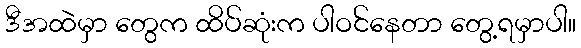
ဒီအထဲမှာ တွေက ထိပ်ဆုံးက ပါဝင်နေတာ တွေ့ရမှာပါ။